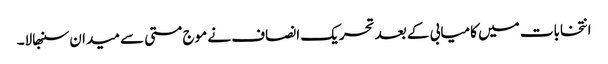
انتخابات میں کامیابی کے بعد تحریک انصاف نے موج مستی سے میدان سنبھالا۔